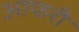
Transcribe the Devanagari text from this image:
आफरी